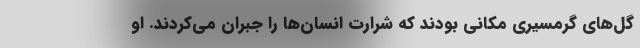
گل‌های گرمسیری مکانی بودند که شرارت انسان‌ها را جبران می‌کردند. او